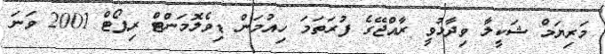
މަރިޔަމް ޝަކީލާ ވިދާޅުވީ ރާއްޖޭގެ ފުރަތަމަ ހިއުމަން ޑިވެލޮމަންޓް ރިޕޯޓް 2001 ވަނަ